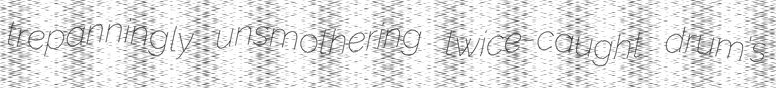
trepanningly unsmothering twice-caught drum's